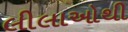
લીલાઓથી